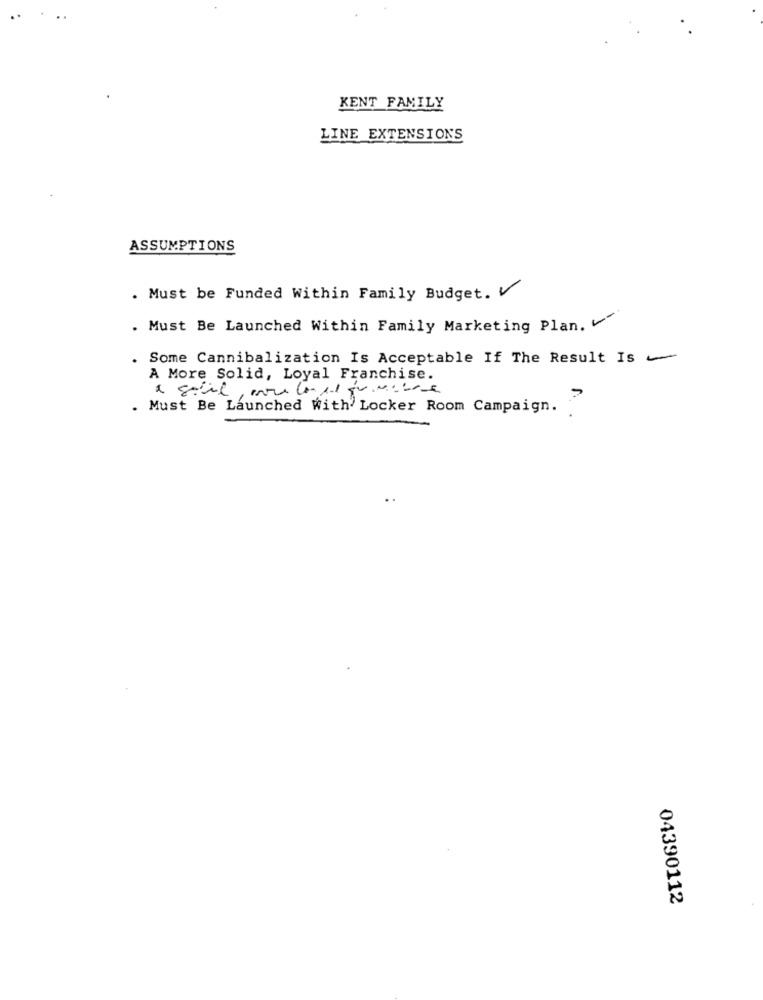
KENT FAMILY
LINE EXTENSIONS
ASSUMPTIONS
. Must be Funded Within Family Budget. V
. Must Be Launched Within Family Marketing Plan.
. Some Cannibalization Is Acceptable If The Result Is -
A More Solid, Loyal Franchise.
. Must Be Launched With Locker Room Campaign.
04390112